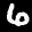
Label: 6